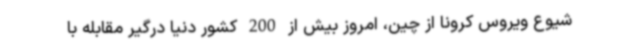
شیوع ویروس کرونا از چین، امروز بیش از 200 کشور دنیا درگیر مقابله با